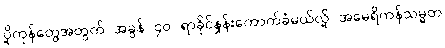
ပို့ကုန်တွေအတွက် အခွန် ၄၀ ရာခိုင်နှုန်းကောက်ခံမယ်လို့ အမေရိကန်သမ္မတ